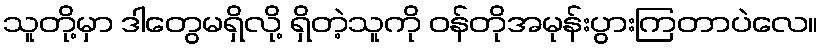
သူတို့မှာ ဒါတွေမရှိလို့ ရှိတဲ့သူကို ဝန်တိုအမုန်းပွားကြတာပဲလေ။